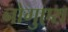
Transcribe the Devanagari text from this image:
नोगुएरा